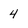
Character: 4